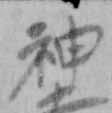
神